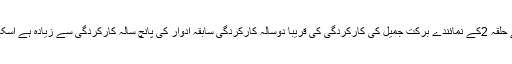
کیونکہ یپرائیویٹ سیکٹر نہ ہونے سے سارا زور گورنمنٹ پر ہے حلقہ 2کے نمائندے برکت جمیل کی کارکردگی کی قریباََ دوسالہ کارکردگی سابقہ ادوار کی پانچ سالہ کارکردگی سے زیادہ ہے اسکے کام خود بولتے ہیں جسکا کریڈٹ بھی برکت جمیل کو جاتا ہے۔